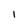
Character: 1